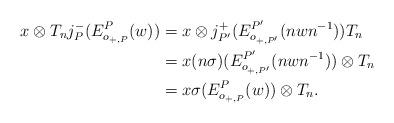
LaTeX: \begin{align*}x\otimes T_nj_P^-(E^P_{o_{+,P}}(w))& =x\otimes j_{P'}^+(E_{o_{+,P'}}^{P'}(nwn^{-1}))T_n\\& =x(n\sigma)(E_{o_{+,P'}}^{P'}(nwn^{-1}))\otimes T_n\\& =x\sigma(E_{o_{+,P}}^{P}(w))\otimes T_n.\end{align*}